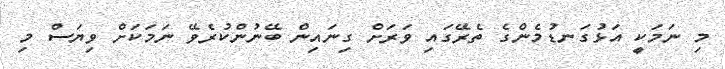
މި ނަމަކީ އަޅުގަނޑުމެންގެ ތެރޭގައި ވަރަށް ގިނައިން ބޭނުންކުރެވޭ ނަމަކަށް ވިޔަސް މި